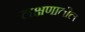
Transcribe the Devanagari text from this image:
लक्षणातील